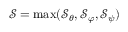
\mathcal { S } = \operatorname* { m a x } ( \mathcal { S } _ { \theta } , \mathcal { S } _ { \varphi } , \mathcal { S } _ { \psi } )